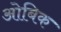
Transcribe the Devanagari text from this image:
ओबिक